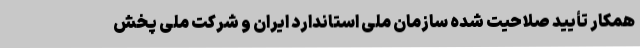
همکار تأیید صلاحیت شده سازمان ملی استاندارد ایران و شرکت ملی پخش